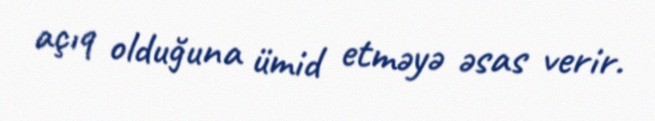
açıq olduğuna ümid etməyə əsas verir.